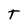
Character: T